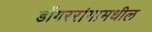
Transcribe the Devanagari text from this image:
डोंगररांगामधील